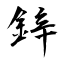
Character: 鋅